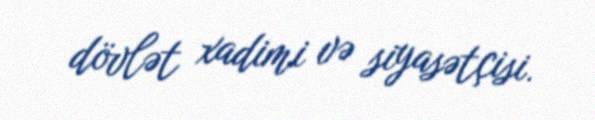
dövlət xadimi və siyasətçisi.